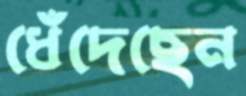
ধেঁদেছেন